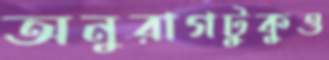
অনুরাগটুকুও